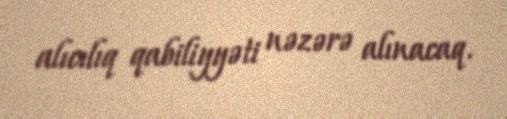
alıcılıq qabiliyyəti nəzərə alınacaq.